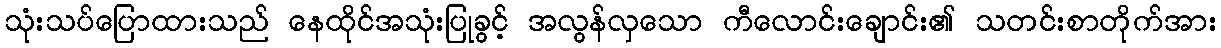
သုံးသပ်ပြောထားသည် နေထိုင်အသုံးပြုခွင့် အလွန်လှသော ကီလောင်းချောင်း၏ သတင်းစာတိုက်အား